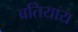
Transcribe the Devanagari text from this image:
बतियाय